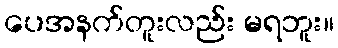
ပေအနက်တူးလည်း မရဘူး။